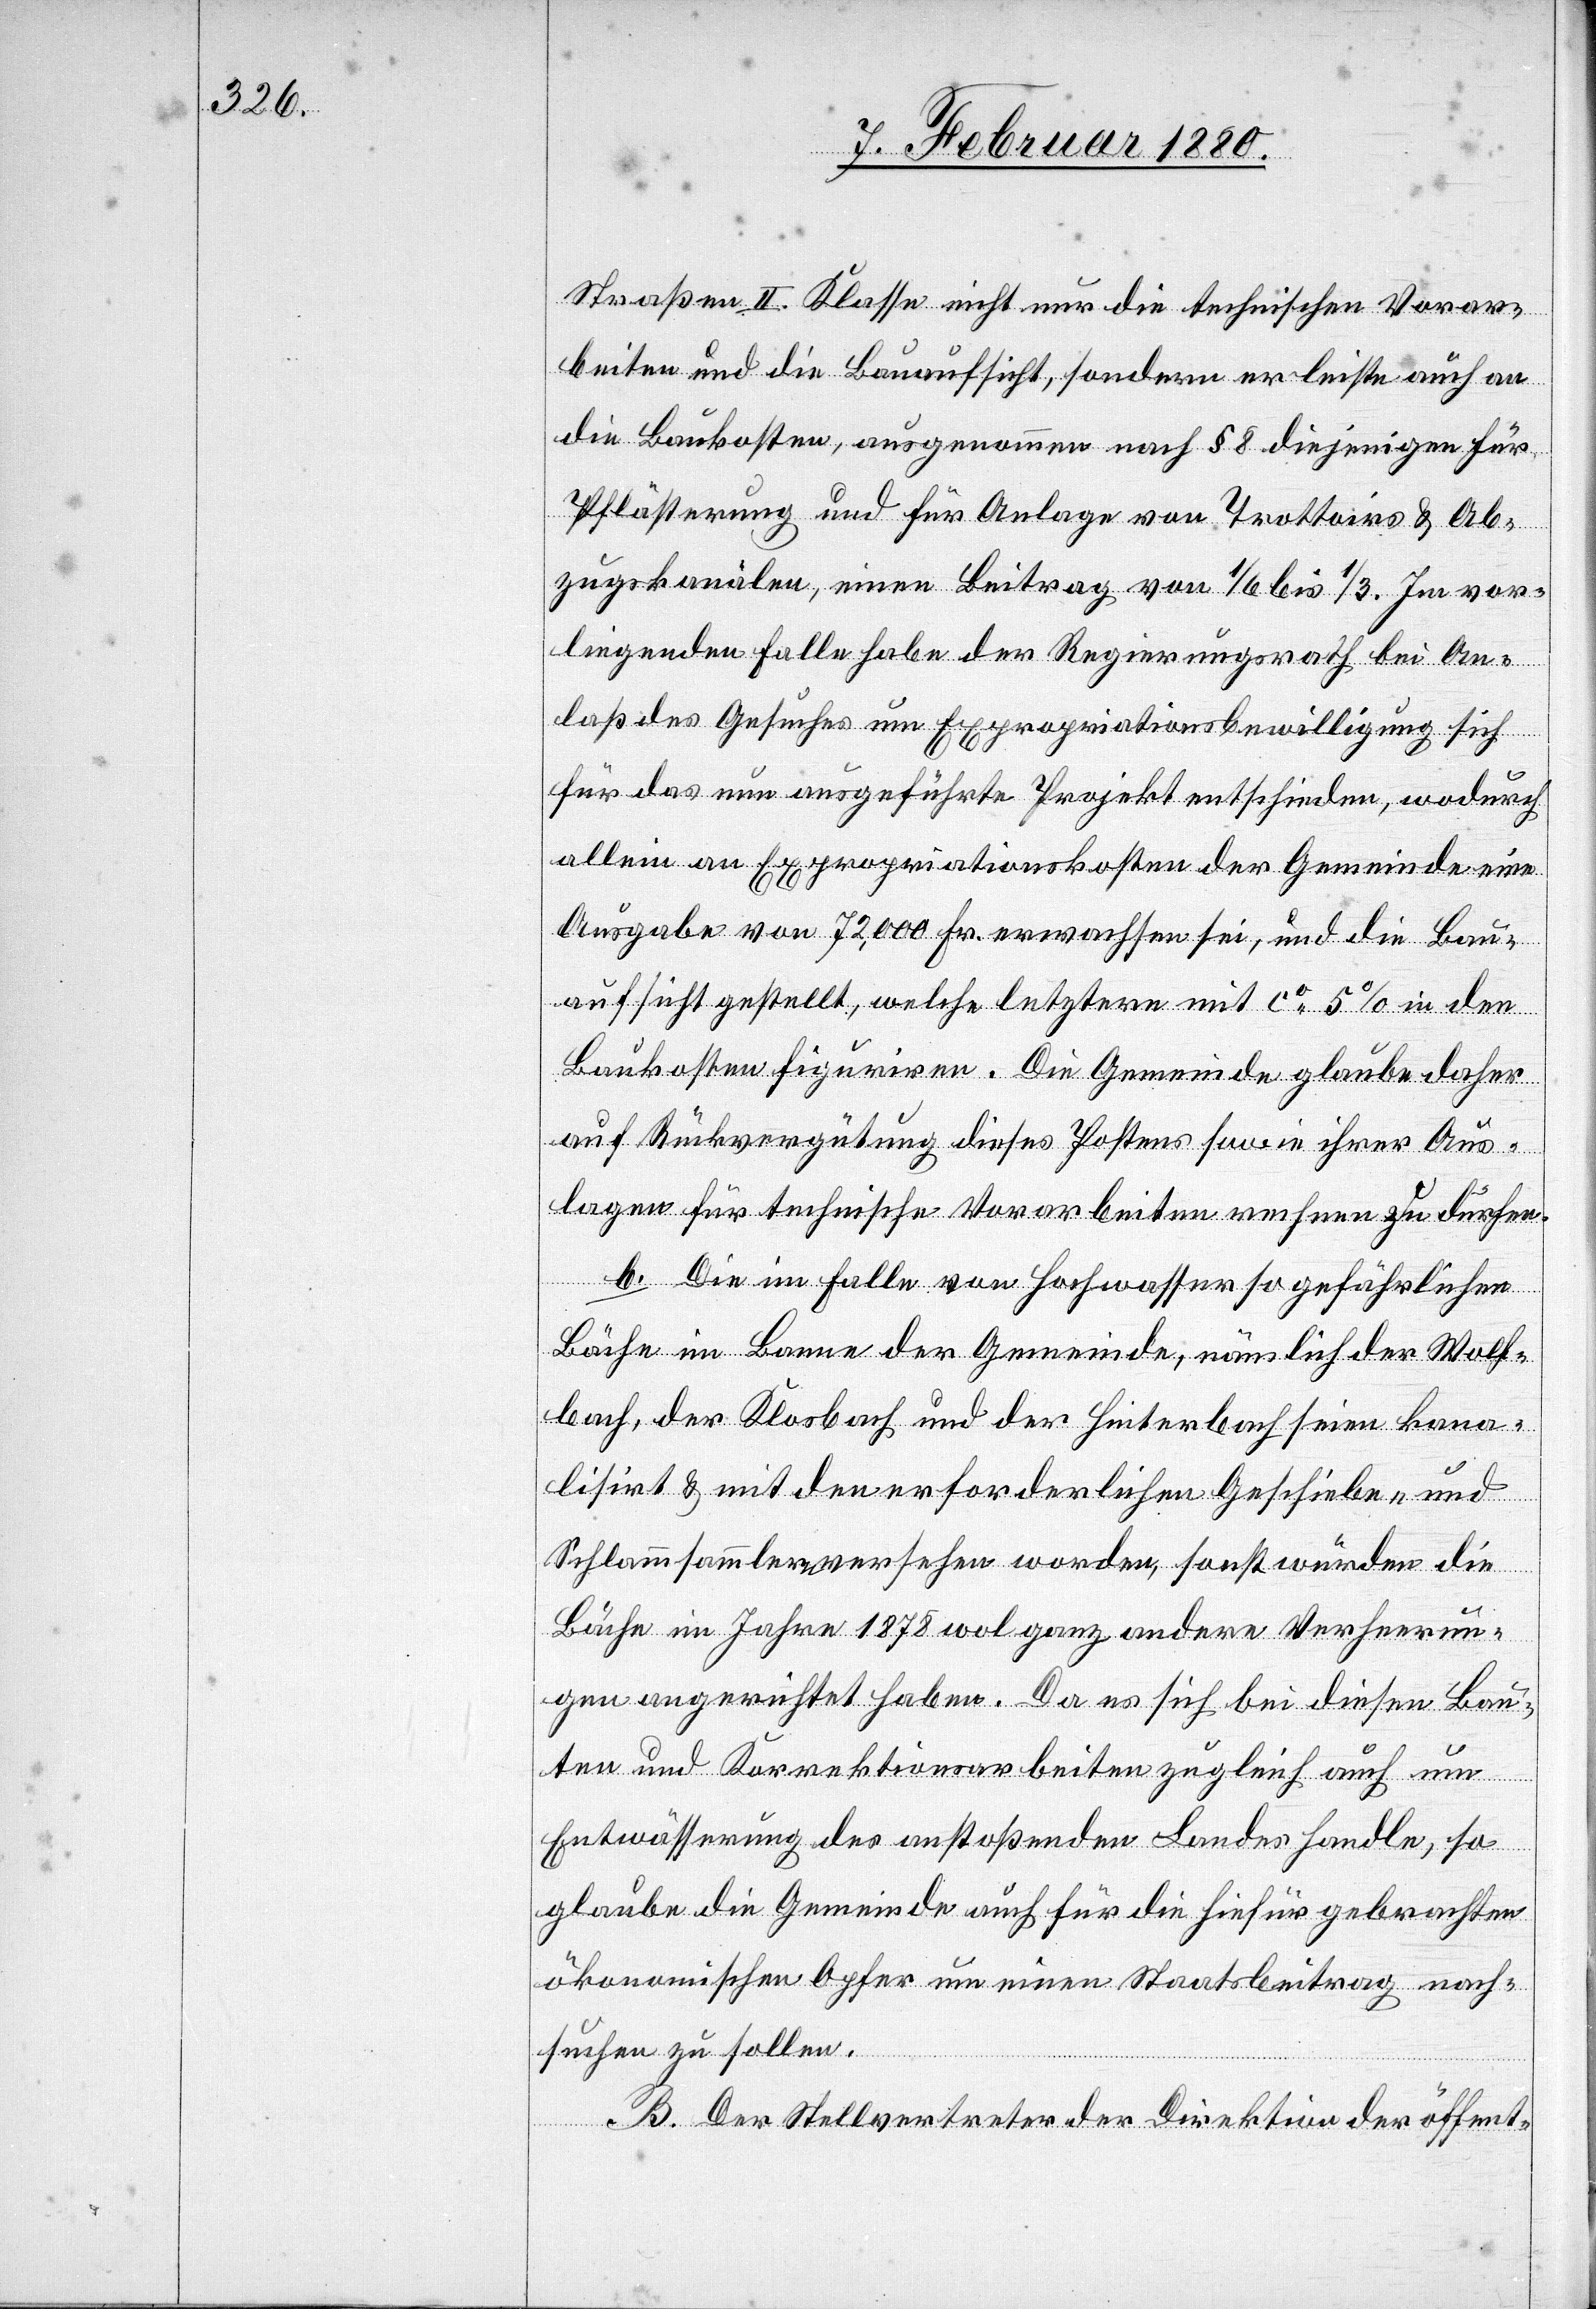
Straßen II. Klasse nicht nur die technischen Vorar¬
beiten und die Bauaufsicht, sondern er leiste auch an
die Baukosten, ausgenommen nach § 8 diejenigen für
Pflästerung und für Anlage von Trottoirs & Ab¬
zugskanälen, einen Beitrag von 1/6 bis 1/3. Im vor¬
liegenden Falle habe der Regierungsrath bei An¬
laß des Gesuches um Expropriationsbewilligung sich
für das nun ausgeführte Projekt entschieden, wodurch
allein an Expropriationskosten der Gemeinde eine
Ausgabe von 72, 000 Fr. erwachsen sei, und die Bau¬
aufsicht gestellt, welche letztere mit ca. 5 % in den
Baukosten figuriren. Die Gemeinde glaube daher
auf Rückvergütung dieses Postens sowie ihrer Aus¬
lagen für technische Vorarbeiten rechnen zu dürfen.
b. Die im Falle von Hochwasser so gefährlichen
Bäche im Banne der Gemeinde, nämlich der Wolf¬
bach, der Klosbach und der Hinterbach seien kana¬
lisirt & mit den erforderlichen Geschiebe- und
Schlammsammlern versehen worden, sonst würden die
Bäche im Jahre 1878 wol ganz andere Verheerun¬
gen angerichtet haben. Da es sich bei diesen Bau¬
ten und Korrektionsarbeiten zugleich auch um
Entwässerung des anstoßenden Landes handle, so
glaube die Gemeinde auch für die hiefür gebrachten
ökonomischen Opfer um einen Staatsbeitrag nach¬
suchen zu sollen.
B. Der Stellvertreter der Direktion der öffent-